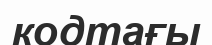
кодтағы